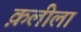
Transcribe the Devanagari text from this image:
क़लीला